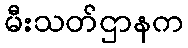
မီးသတ်ဌာနက